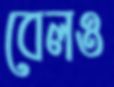
বেলও